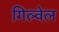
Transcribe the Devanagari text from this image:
गिल्वेल